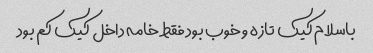
باسلام کیک تازه و خوب بود فقط خامه داخل کیک کم بود